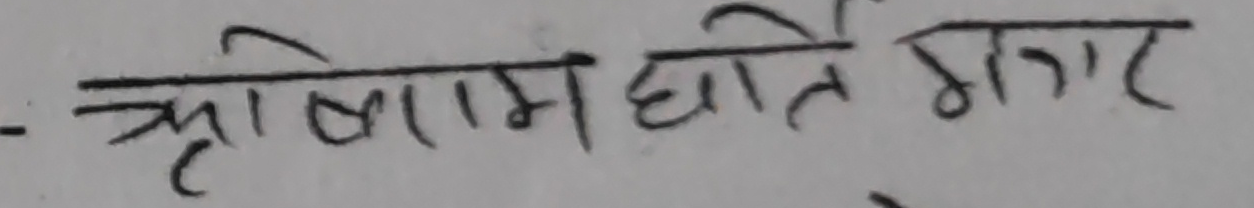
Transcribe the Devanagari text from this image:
कृषिमा घाते गगर